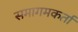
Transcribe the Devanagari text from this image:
समागमकर्ता